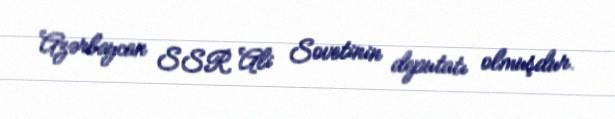
Azərbaycan SSR Ali Sovetinin deputatı olmuşdur.